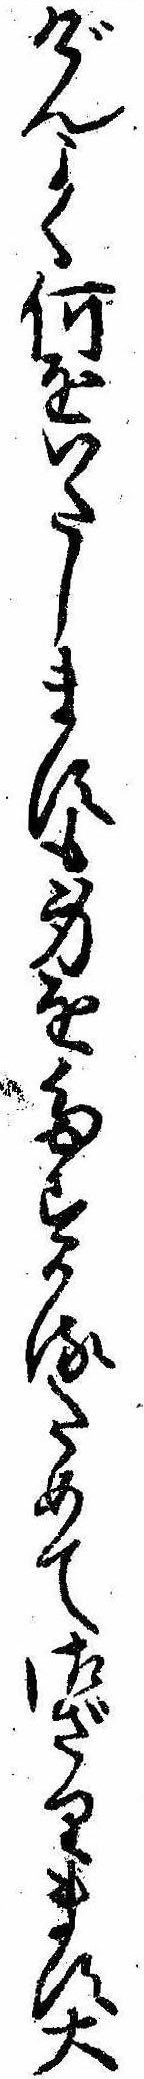
げんよく何をいたしますも身をたすかるためて御ざります大